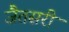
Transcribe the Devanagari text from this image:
जैतसरी